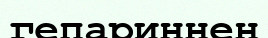
гепариннен